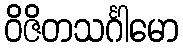
ဝိဇိတသင်္ဂါမော